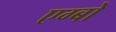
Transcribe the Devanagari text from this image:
एग्बो